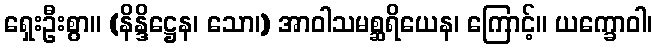
ရှေးဦးစွာ။ (နိန္ဒိဋ္ဌေန၊ သော၊) အာဝါသမစ္ဆရိယေန၊ ကြောင့်။ ယက္ခောဝါ၊